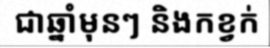
ជាឆ្នាំមុនៗ និងកខ្វក់